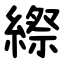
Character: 縩